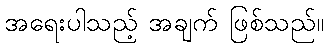
အရေးပါသည့် အချက် ဖြစ်သည်။